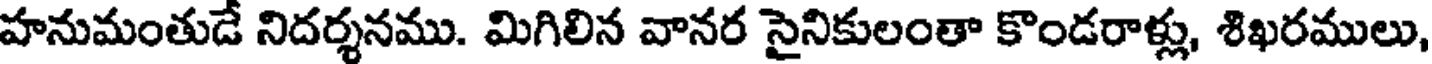
హనుమంతుడే నిదర్శనము. మిగిలిన వానర సైనికులంతా కొండరాళ్లు, శిఖరములు,